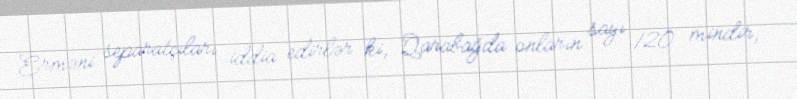
Erməni separatçıları iddia edirlər ki, Qarabağda onların sayı 120 mindir,